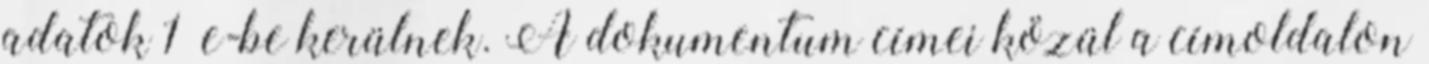
adatok 1 e-be kerülnek. A dokumentum címei közül a címoldalon